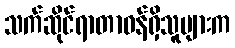
သက်ဆိုင်ရာတာဝန်ရှိသူများက